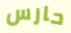
حارس